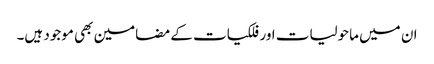
ان میں ماحولیات اور فلکیات کے مضامین بھی موجود ہیں۔